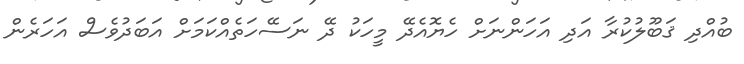
ބުއްދި ޤަބޫލުކުރާ އަދި އަހަންނަށް ހެޔޮއެދޭ މީހަކު ދޭ ނަސޭހަތެއްކަމަށް އަބަދުވެސް އަހަރެން